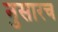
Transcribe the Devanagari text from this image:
नुसारच